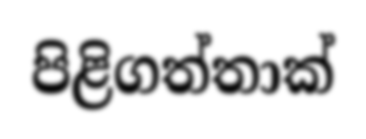
පිළිගත්තාක්